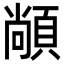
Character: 𮨏